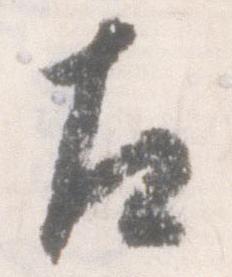
左